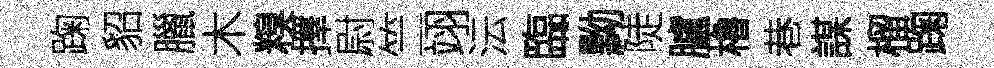
踘貂臘木糗擇尉竺翊沄臨黝陡臚櫓巷謀榴踘